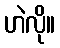
ဟဲလို။